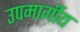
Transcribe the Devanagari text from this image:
उपमार्गीय